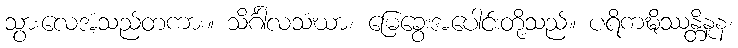
သွားလေအံ့သည်တကား။ သိင်္ဂါလသံဃာ၊ မြေခွေးအပေါင်းတို့သည်။ ပရိကဍ္ဎိဿန္တိနူန၊